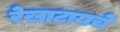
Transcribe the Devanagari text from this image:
रेखाटायचे